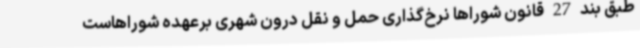
طبق بند27قانون شوراها نرخ‌گذاری حمل و نقل درون شهری برعهده شوراهاست